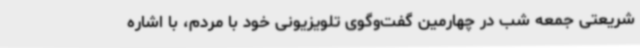
شریعتی جمعه شب در چهارمین گفت‌وگوی تلویزیونی خود با مردم، با اشاره